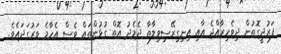
ފަރުދީގޮތުން ދިވެހިރާއްޖެ އާއި އިނިގިރޭސިވިލާތާ ދެމެދު އޮތް ގުޅުންތައް ވެސް އެހާމެ ވަރުގަދައެވެ.